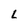
Character: L